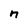
Character: n